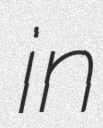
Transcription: in